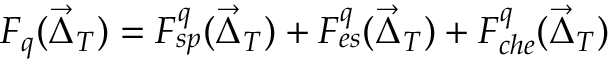
F _ { q } ( \vec { \Delta } _ { T } ) = F _ { s p } ^ { q } ( \vec { \Delta } _ { T } ) + F _ { e s } ^ { q } ( \vec { \Delta } _ { T } ) + F _ { c h e } ^ { q } ( \vec { \Delta } _ { T } )